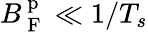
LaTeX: B_{\mathrm{~F~}}^{\mathrm{~p~}}\ll 1/T_{s}